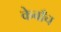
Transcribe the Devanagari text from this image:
केवाँच